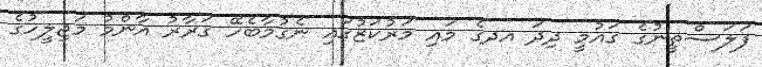
ފަލަސްތީނުގެ ގައުމީ ދިދަ އދގެ މައި މަރުކަޒުގައި ނެގުމާބެހޭ ގަރާރު އާންމު މަޖިލީހުގެ